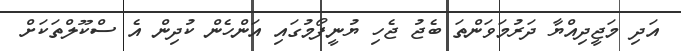
އަދި މަޖީދިއްޔާ ދަރުމަވަންތަ ބެޖު ޖެހި ޔުނީފޯމުގައި އަންހެން ކުދިން އެ ސްކޫލްތަކަށް